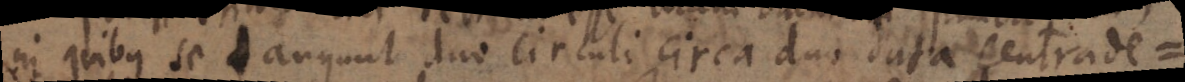
in quibus se angunt duo circuli circa duo data centrade =